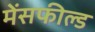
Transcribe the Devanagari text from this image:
मेंसफील्ड